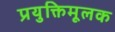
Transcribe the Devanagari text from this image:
प्रयुक्तिमूलक